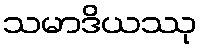
သမာဒိယဿု